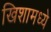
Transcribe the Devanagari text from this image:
खिशामध्ये